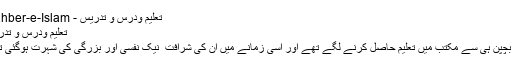
تعلیم ودرس و تدریس - Rahber-e-Islam
تعلیم ودرس و تدریس
آپ بچپن ہی سے مکتب میں تعلیم حاصل کرنے لگے تھے اور اسی زمانے میں ان کی شرافت ٗ نیک نفسی اور بزرگی کی شہرت ہوگئی تھی۔